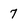
Character: 7